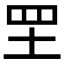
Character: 𦉷